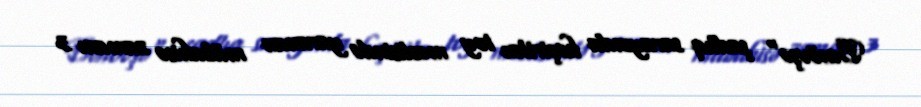
Bənövşə" şadlıq sarayında keçirilən toy məclisində yaranan mübahisə zamanı 3